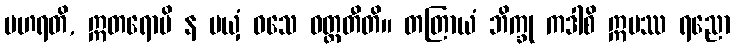
ပဟရတိ, ဣတရောပိ န မယှံ ဝသေ ဝတ္တတီတိ။ တတြာယံ ဘိက္ခု ကဒါစိ ဣမဿ ရညော